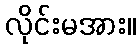
လိုင်းမအား။